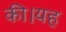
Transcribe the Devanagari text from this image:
की।यह